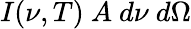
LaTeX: I(\nu,T)~A~d\nu~d\Omega